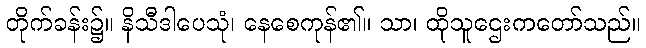
တိုက်ခန်း၌။ နိသီဒါပေသုံ၊ နေစေကုန်၏။ သာ၊ ထိုသူဌေးကတော်သည်။